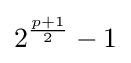
2^{\frac {p+1}{2}}-1